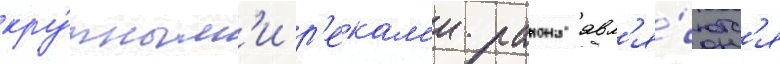
кру́пным'и р'екам'и раиона явл'я́ютс'я